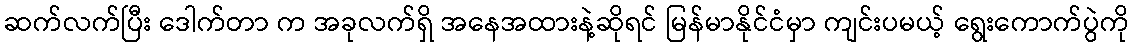
ဆက်လက်ပြီး ဒေါက်တာ က အခုလက်ရှိ အနေအထားနဲ့ဆိုရင် မြန်မာနိုင်ငံမှာ ကျင်းပမယ့် ရွေးကောက်ပွဲကို